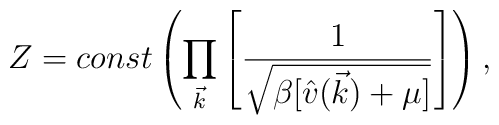
Z = const \left(\prod_{\vec{k}}    \left[\frac{1}{\sqrt{\beta[\hat{v}(\vec{k})+\mu]}}\right]\right),